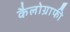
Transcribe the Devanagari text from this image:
कैलोग्राफी